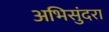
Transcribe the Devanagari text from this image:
अभिसुंदरा